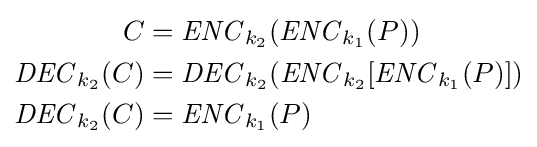
{\begin{aligned}C&={\mathit {ENC}}_{k_{2}}({\mathit {ENC}}_{k_{1}}(P))\\{\mathit {DEC}}_{k_{2}}(C)&={\mathit {DEC}}_{k_{2}}({\mathit {ENC}}_{k_{2}}[{\mathit {ENC}}_{k_{1}}(P)])\\{\mathit {DEC}}_{k_{2}}(C)&={\mathit {ENC}}_{k_{1}}(P)\\\end{aligned}}